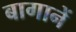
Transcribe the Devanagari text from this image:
बागानें